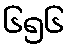
၆၅၆